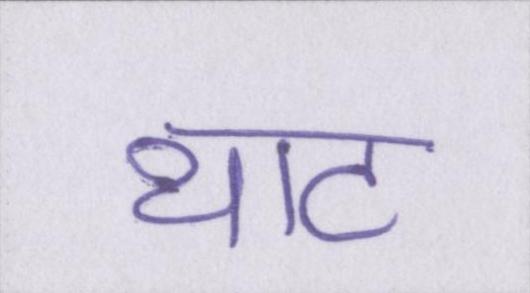
थाट